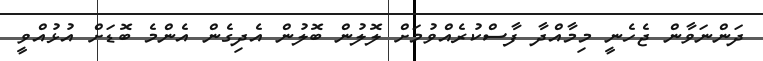
ދަންނަވާން ޖެހެނީ މިމާއްދާ ފާސްކުރެއްވުމަށް ލޮލުން ބޮލުން އެދިގެން އެންމެ ބޮޑަށް އުޅުއްވީ